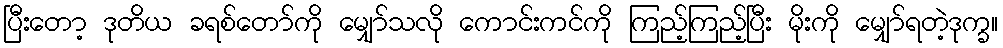
ပြီးတော့ ဒုတိယ ခရစ်တော်ကို မျှော်သလို ကောင်းကင်ကို ကြည့်ကြည့်ပြီး မိုးကို မျှော်ရတဲ့ဒုက္ခ။